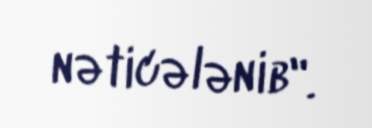
nəticələnib".